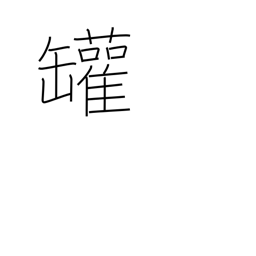
Meaning: steam boiler (left side only)